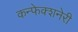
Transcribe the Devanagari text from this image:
कन्फेक्शनेरी